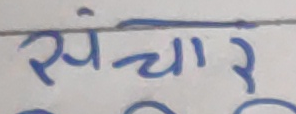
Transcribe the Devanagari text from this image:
संचार